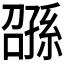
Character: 𫲰